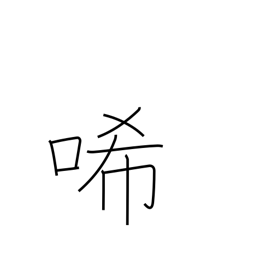
Meaning: grieve